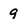
Character: 9